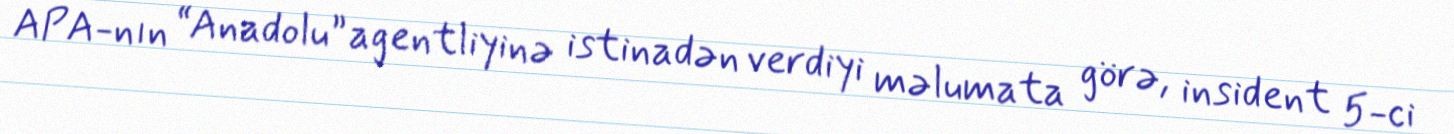
APA-nın “Anadolu” agentliyinə istinadən verdiyi məlumata görə, insident 5-ci